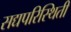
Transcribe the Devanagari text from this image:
सद्यपरिस्थिती